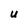
Character: U